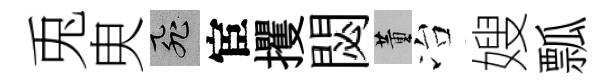
兎㬰飛宦攫閟董冶嫂瓢